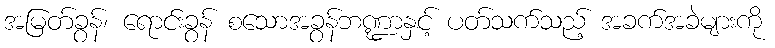
အမြတ်ခွန်၊ ရောင်းခွန် စသောအခွန်ဘဏ္ဍာနှင့် ပတ်သက်သည့် အခက်အခဲများကို